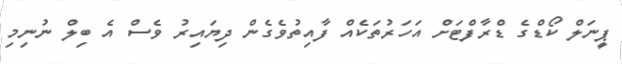
ޕީނަލް ކޯޑްގެ ޑްރާފްޓަށް އަހަރުތަކެއް ފާއިތުވެގެން ދިޔައިރު ވެސް އެ ބިލް ނުނިމި